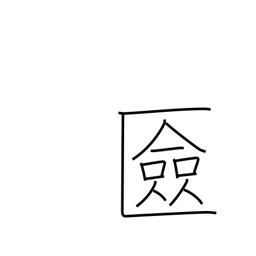
Meaning: cosmetics box